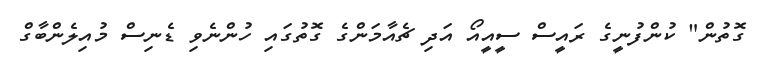
ގޮތުން" ކުންފުނީގެ ރައީސް ސީއީއޯ އަދި ޗެއާމަންގެ ގޮތުގައި ހުންނެވި ޑެނިސް މުއިލެންބާގް